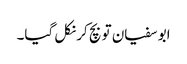
ابو سفیان تو بچ کر نکل گیا۔